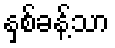
နှစ်ခန့်သာ